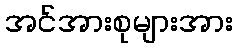
အင်အားစုများအား